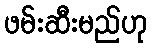
ဖမ်းဆီးမည်ဟု